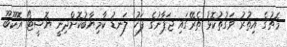
މެޗުގެ އިތުރު ވަގުތުކޮޅު ތެރޭގައި ޖަޕާނުގެ ފަހު ލަނޑު ކާމިޔާބުކޮށްދިނީ ޔޮޝީޓޯ އޮކޫބޫ